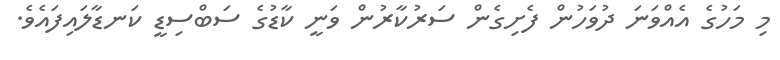
މި މަހުގެ އެއްވަނަ ދުވަހުން ފެށިގެން ސަރުކާރުން ވަނީ ކާޑުގެ ސަބްސިޑީ ކަނޑާލައިފައެވެ.